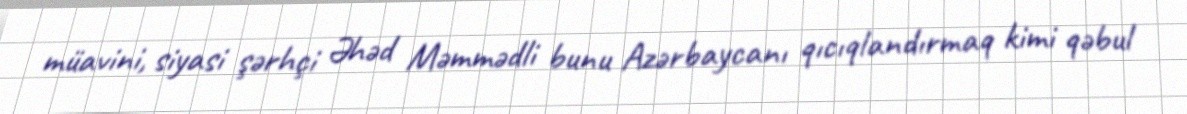
müavini, siyasi şərhçi Əhəd Məmmədli bunu Azərbaycanı qıcıqlandırmaq kimi qəbul